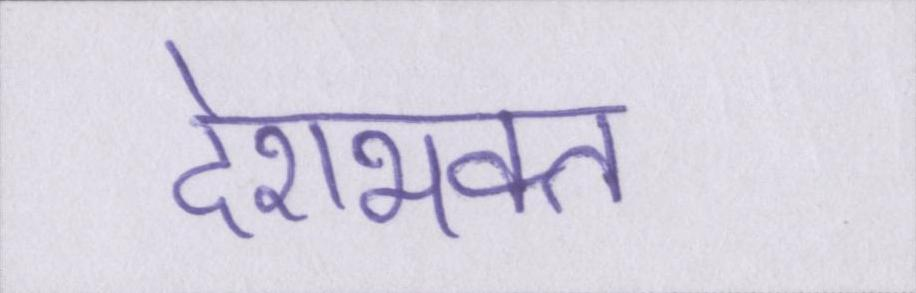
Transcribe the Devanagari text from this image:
देशभक्त